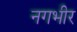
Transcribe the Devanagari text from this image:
नगभीर